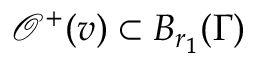
\mathcal { O } ^ { + } ( v ) \subset B _ { r _ { 1 } } ( \Gamma )